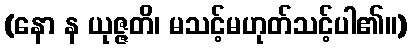
(နော န ယုဇ္ဇတိ၊ မသင့်မဟုတ်သင့်ပါ၏။)